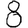
Digit: 8